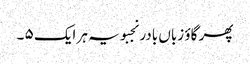
پھر گاؤ زباں بادر نجبویہ ہر ایک ۵ ۔